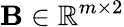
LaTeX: \mathbf{B}\in\mathbb{R}^{m\times 2}